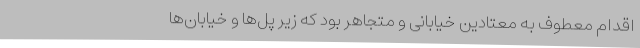
اقدام معطوف به معتادین خیابانی و متجاهر بود که زیر پل‌ها و خیابان‌ها